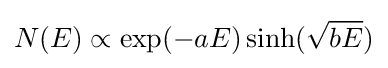
N(E)\propto \exp(-aE)\sinh({\sqrt {bE}})